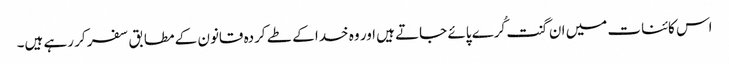
اس کائنات میں ان گنت کُرے پائے جاتے ہیں اور وہ خدا کے طے کردہ قانون کے مطابق سفر کر رہے ہیں۔